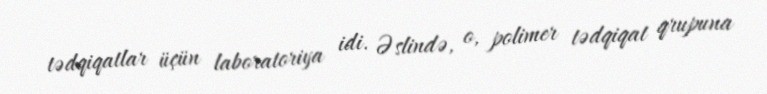
tədqiqatlar üçün laboratoriya idi. Əslində, o, polimer tədqiqat qrupuna